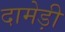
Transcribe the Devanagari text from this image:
दामेड़ी